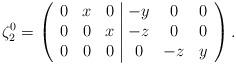
LaTeX: \begin{align*}\zeta_2^0=\left(\begin{array}{ccc|ccc} 0&x &0& -y& 0& 0\\ 0&0 &x& -z& 0& 0\\ 0&0 &0& 0& -z& y\end{array}\right).\end{align*}